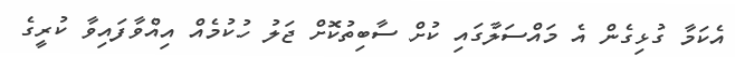
އެކަމާ ގުޅިގެން އެ މައްސަލާގައި ކުށް ސާބިތުކޮށް ޖަލު ހުކުމެއް އިއްވާފައިވާ ކުރީގެ